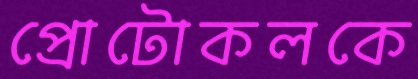
প্রোটোকলকে